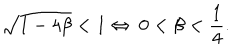
\sqrt { 1 - 4 \beta } < 1 \Leftrightarrow \ 0 < \beta < { \frac { 1 } { 4 } } .